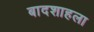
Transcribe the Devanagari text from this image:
बादशाहला